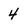
Character: 4